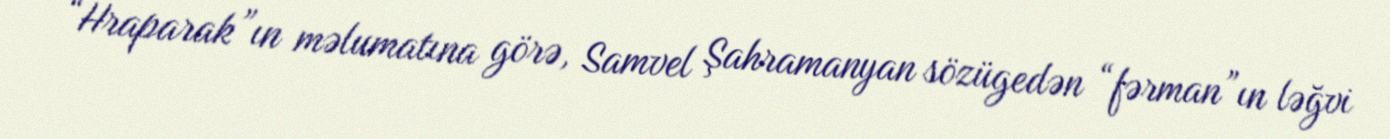
“Hraparak”ın məlumatına görə, Samvel Şahramanyan sözügedən “fərman”ın ləğvi